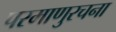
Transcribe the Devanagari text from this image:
परमाणुरचना